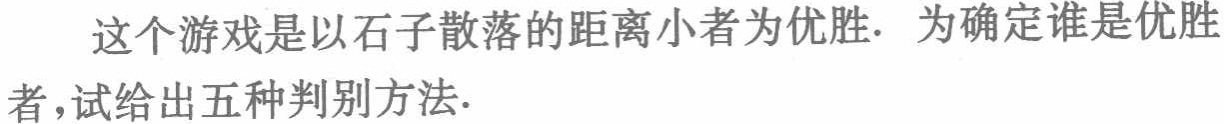
这个游戏是以石子散落的距离小者为优胜. 为确定谁是优胜
者，试给出五种判别方法.